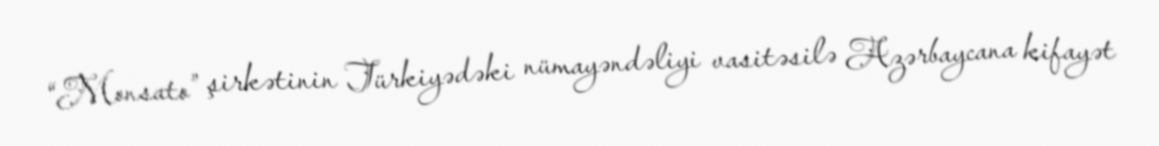
“Monsato” şirkətinin Türkiyədəki nümayəndəliyi vasitəsilə Azərbaycana kifayət